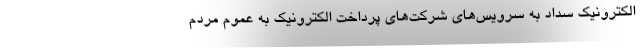
الکترونیک سداد به سرویس‌های شرکت‌های پرداخت الکترونیک به عموم مردم